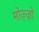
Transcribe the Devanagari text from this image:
मोज़्ज़ो